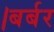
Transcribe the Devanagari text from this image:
।बर्बर